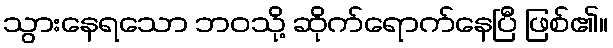
သွားနေရသော ဘဝသို့ ဆိုက်ရောက်နေပြီ ဖြစ်၏။